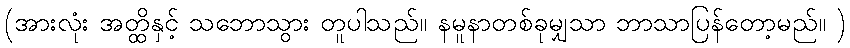
(အားလုံး အတ္ထိနှင့် သဘောသွား တူပါသည်။ နမူနာတစ်ခုမျှသာ ဘာသာပြန်တော့မည်။ )